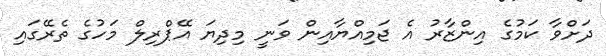
ދަށްވާ ކަމުގެ އިންޒާރު އެ ޖަމިއްޔާއިން ވަނީ މިދިޔަ އޭޕްރިލް މަހުގެ ތެރޭގައި